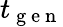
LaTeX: t_{\mathrm{~g~e~n~}}